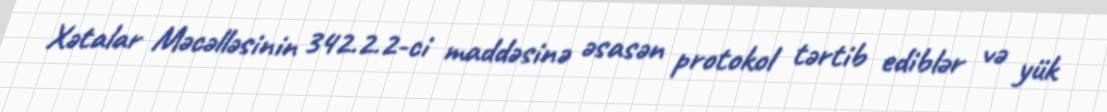
Xətalar Məcəlləsinin 342.2.2-ci maddəsinə əsasən protokol tərtib ediblər və yük